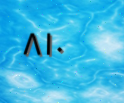
٨١٠